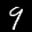
Label: 9